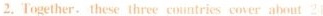
2. Together. these three countries cover about